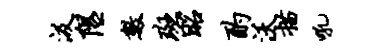
汲隰数斑昭酌沃描吼